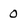
Character: 0